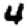
Digit: 4